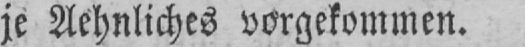
je Aehnliches vorgekommen.